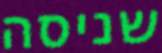
שניסה